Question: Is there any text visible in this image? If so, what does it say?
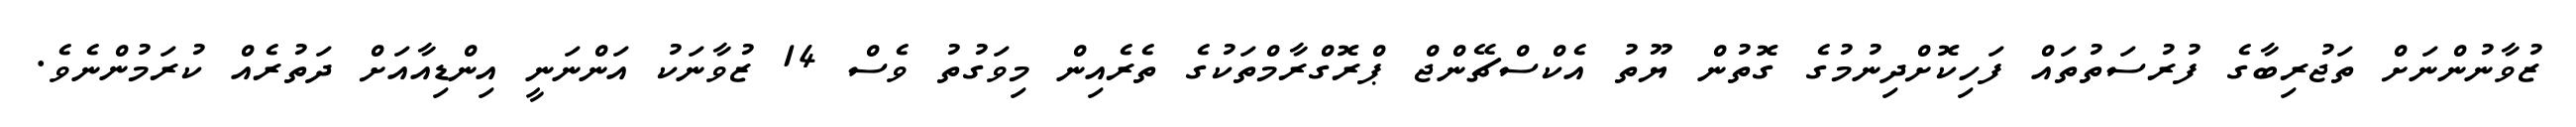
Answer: ޒުވާނުންނަށް ތަޖުރިބާގެ ފުރުސަތުތައް ފަހިކޮށްދިނުމުގެ ގޮތުން ޔޫތު އެކްސްޗޭންޖް ޕްރޮގްރާމްތަކުގެ ތެރެއިން މިވަގުތު ވެސް 14 ޒުވާނަކު އަންނަނީ އިންޑިއާއަށް ދަތުރެއް ކުރަމުންނެވެ.